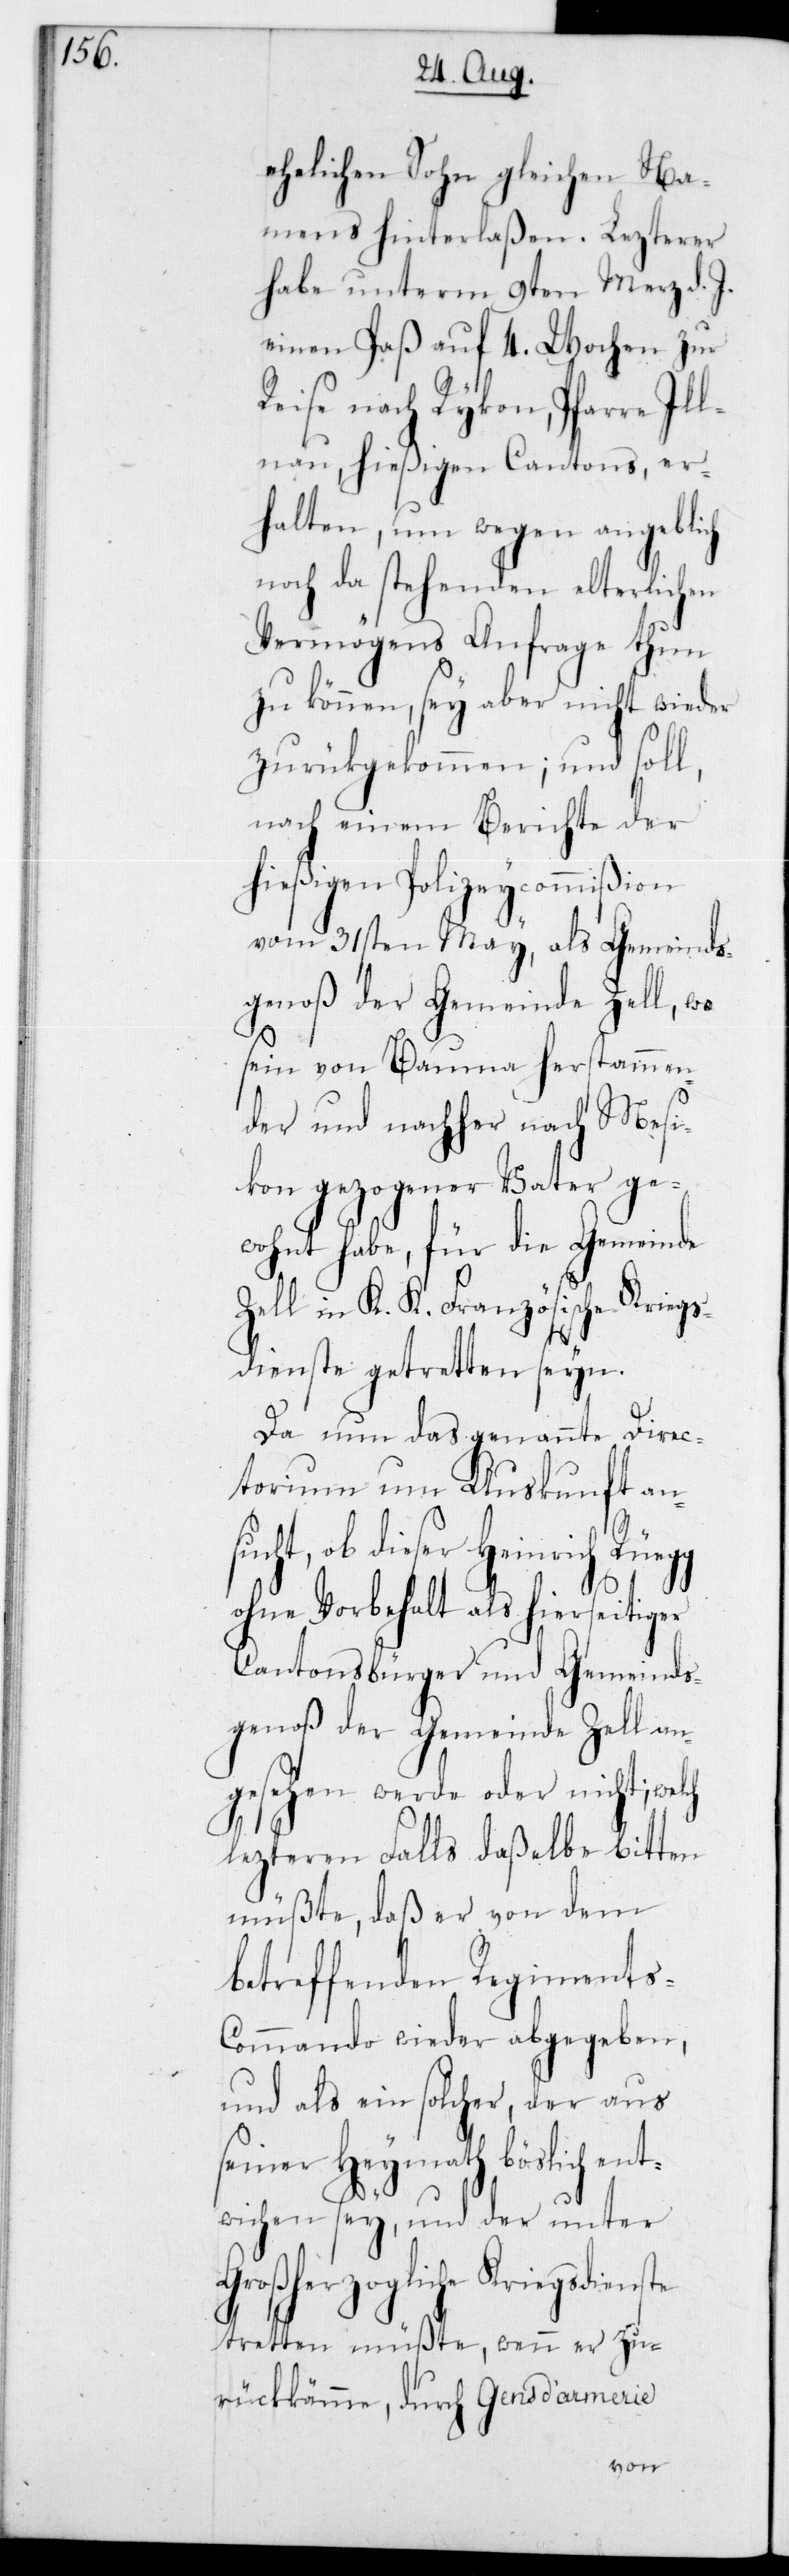
ehelichen Sohn gleichen Na¬
mens hinterlaßen. Lezterer
habe unterm 9ten März d. J.
einen Paß auf 4 Wochen zur
Reise nach Rykon, Pfarre Il¬
lnau, hießigen Cantons, er¬
halten, um wegen angeblich
noch da stehenden elterlichen
Vermögens Anfrage thun
zu können, sey aber nicht wieder
zurückgekommen, und soll,
nach einem Berichte der
hießigen Polizeycommißion
vom 31sten May, als Gemeinds¬
genoß der Gemeinde Zell, wo
sein von Bauma herstammen¬
der und nachher nach Mesi¬
kon gezogener Vater ge¬
wohnt habe, für die Gemeinde
Zell in K. K. Französische Kriegs¬
dienste getretten seyn.
Da nun das genannte Direc¬
torium um Auskunft an¬
sucht, ob dieser Heinrich
ohne Vorbehalt als hierseitiger
Cantonsbürger und Gemeinds¬
genoß der Gemeinde Zell an¬
gesehen werde oder nicht; welch
lezteren Falls daßelbe bitten
müßte, daß er von dem
betreffenden Regiments-C¬
ommando wieder abgegeben,
und als ein solcher, der aus
seiner Heymath böslich ent¬
wichen sey, und der unter
Großherzogliche Kriegsdienste
tretten müßte, wenn er zu¬
rückkämme, durch Gens d‘armerie